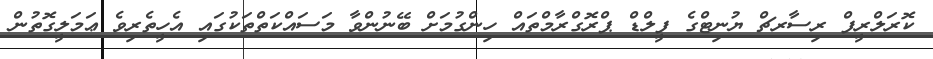
ކޮރަލްރީފް ރިސާރޗް ޔުނިޓްގެ ފީލްޑް ޕްރޮގްރާމްތައް ހިންގުމަށް ބޭނުންވާ މަސައްކަތްތަކުގައި އެހީތެރިވެ ޢަމަލީގޮތުން